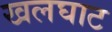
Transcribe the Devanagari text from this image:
खलघाट